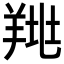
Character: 𦎉